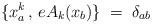
LaTeX: \begin{align*} \{ x_a^k \,,\, e A_k (x_b) \} \;=\; \delta_{ab}\end{align*}